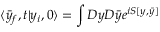
\langle \bar { y } _ { f } , t | y _ { i } , 0 \rangle = \int D y D \bar { y } e ^ { i S [ y , \bar { y } ] }